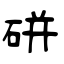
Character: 硑